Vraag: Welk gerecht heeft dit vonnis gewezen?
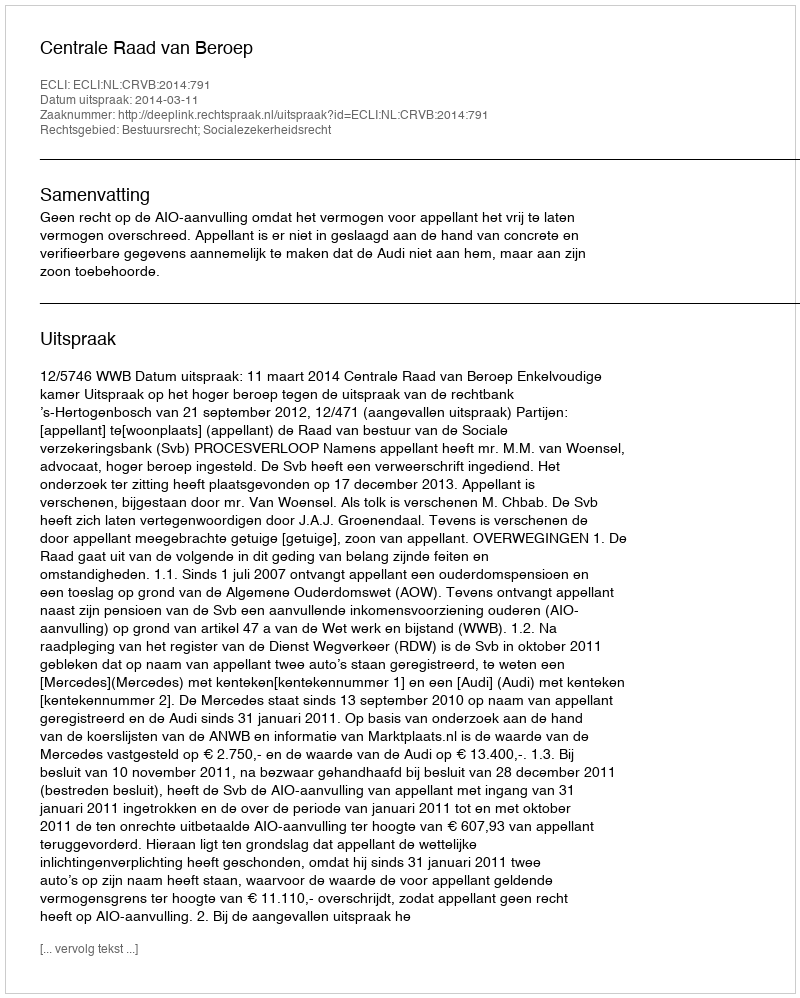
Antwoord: Centrale Raad van Beroep